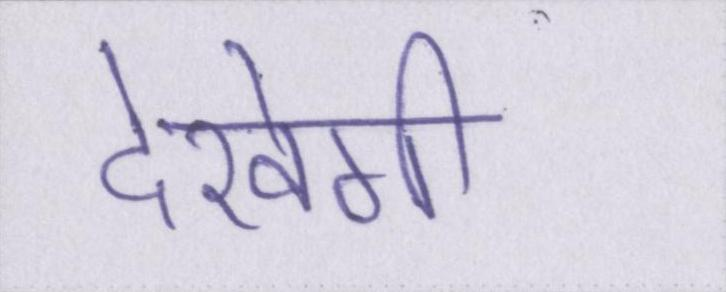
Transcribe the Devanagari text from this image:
देखेगी